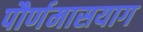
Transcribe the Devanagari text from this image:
पौर्णमासयाग